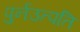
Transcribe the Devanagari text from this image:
पुर्नउत्पति